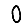
Digit: 0